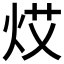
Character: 𤈝